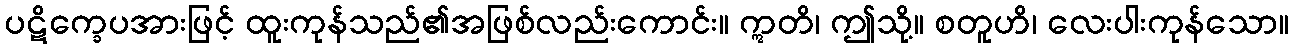
ပဋိက္ခေပအားဖြင့် ထူးကုန်သည်၏အဖြစ်လည်းကောင်း။ ဣတိ၊ ဤသို့။ စတူဟိ၊ လေးပါးကုန်သော။